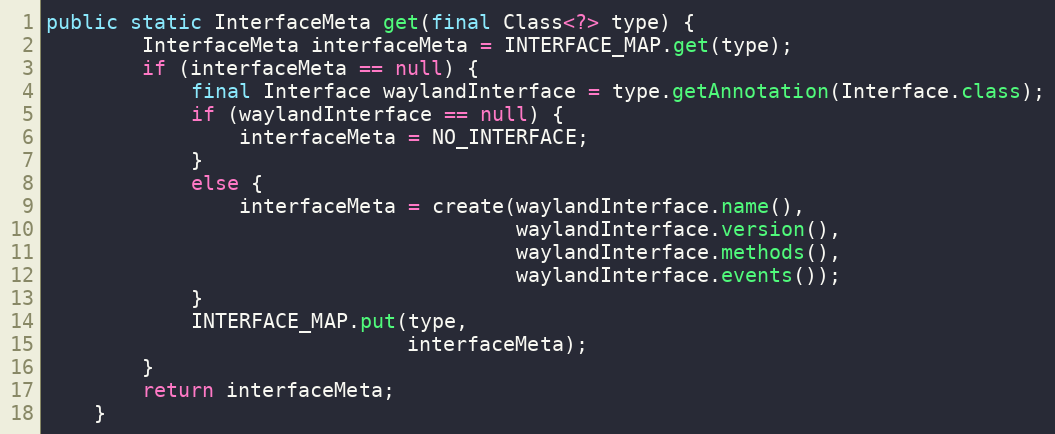
Language: Java
public static InterfaceMeta get(final Class<?> type) {
        InterfaceMeta interfaceMeta = INTERFACE_MAP.get(type);
        if (interfaceMeta == null) {
            final Interface waylandInterface = type.getAnnotation(Interface.class);
            if (waylandInterface == null) {
                interfaceMeta = NO_INTERFACE;
            }
            else {
                interfaceMeta = create(waylandInterface.name(),
                                       waylandInterface.version(),
                                       waylandInterface.methods(),
                                       waylandInterface.events());
            }
            INTERFACE_MAP.put(type,
                              interfaceMeta);
        }
        return interfaceMeta;
    }